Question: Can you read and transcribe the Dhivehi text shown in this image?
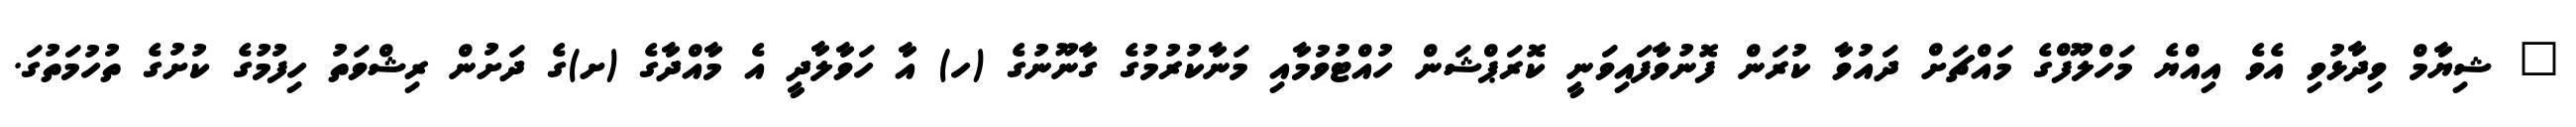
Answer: " ޝިޔާމް ވިދާޅުވި އެވެ އިއްޔެ މަހްލޫފްގެ މައްޗަށް ދައުވާ ކުރަން ފޮނުވާފައިވަނީ ކޮރަޕްޝަން ހުއްޓުވުމާއި މަނާކުރުމުގެ ގާނޫނުގެ (ހ) އާ ހަވާލާދީ އެ މާއްދާގެ (ށ)ގެ ދަށުން ރިޝްވަތު ހިފުމުގެ ކުށުގެ ތުހުމަތުގަ.